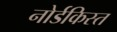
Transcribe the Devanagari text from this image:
नोर्डकिस्त